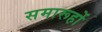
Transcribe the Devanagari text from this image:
समारूहों